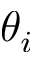
\theta _ { i }